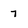
Character: 7